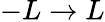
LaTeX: -L\to L